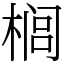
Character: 榈